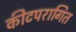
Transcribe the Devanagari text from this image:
कीटपरागित